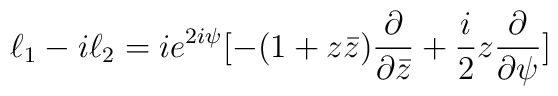
\ell_{1}-i\ell_{2} = i e^{2i\psi}[-(1+z\bar{z})\frac{\partial}{\partial \bar{z}} +\frac{i}{2} z \frac{\partial}{\partial \psi}]